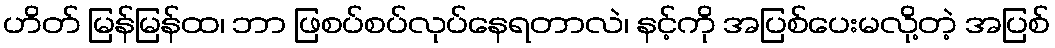
ဟိတ် မြန်မြန်ထ၊ ဘာ ဖြစပ်စပ်လုပ်နေရတာလဲ၊ နင့်ကို အပြစ်ပေးမလို့တဲ့ အပြစ်